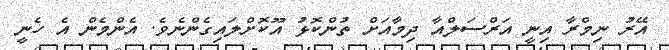
އޭރު ނިމްރާ އިނީ އަރްސަލްއާ ދިމާއަށް ތުންކޮޅު އޫކޮށްލައިގެންނެވެ. އެންމެން އެ ހެނީ